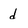
Character: d